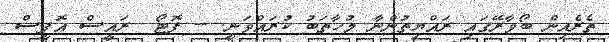
ތެރެއިން ބޯވާރޭގައި ރައްޔިތުންނާ މުހާތަބު ކުރައްވަނީ. -- ފޮޓޯ  ރައީސް އޮފީސް